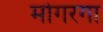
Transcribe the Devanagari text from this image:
मोगरगा